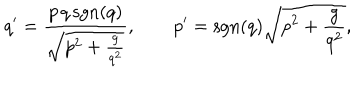
LaTeX: q ^ { \prime } = \frac { p \, q \, \mathrm { s g n } ( q ) } { \sqrt { p ^ { 2 } + \frac { g } { q ^ { 2 } } } } , \qquad p ^ { \prime } = \mathrm { s g n } ( q ) \sqrt { p ^ { 2 } + \frac { g } { q ^ { 2 } } } ,